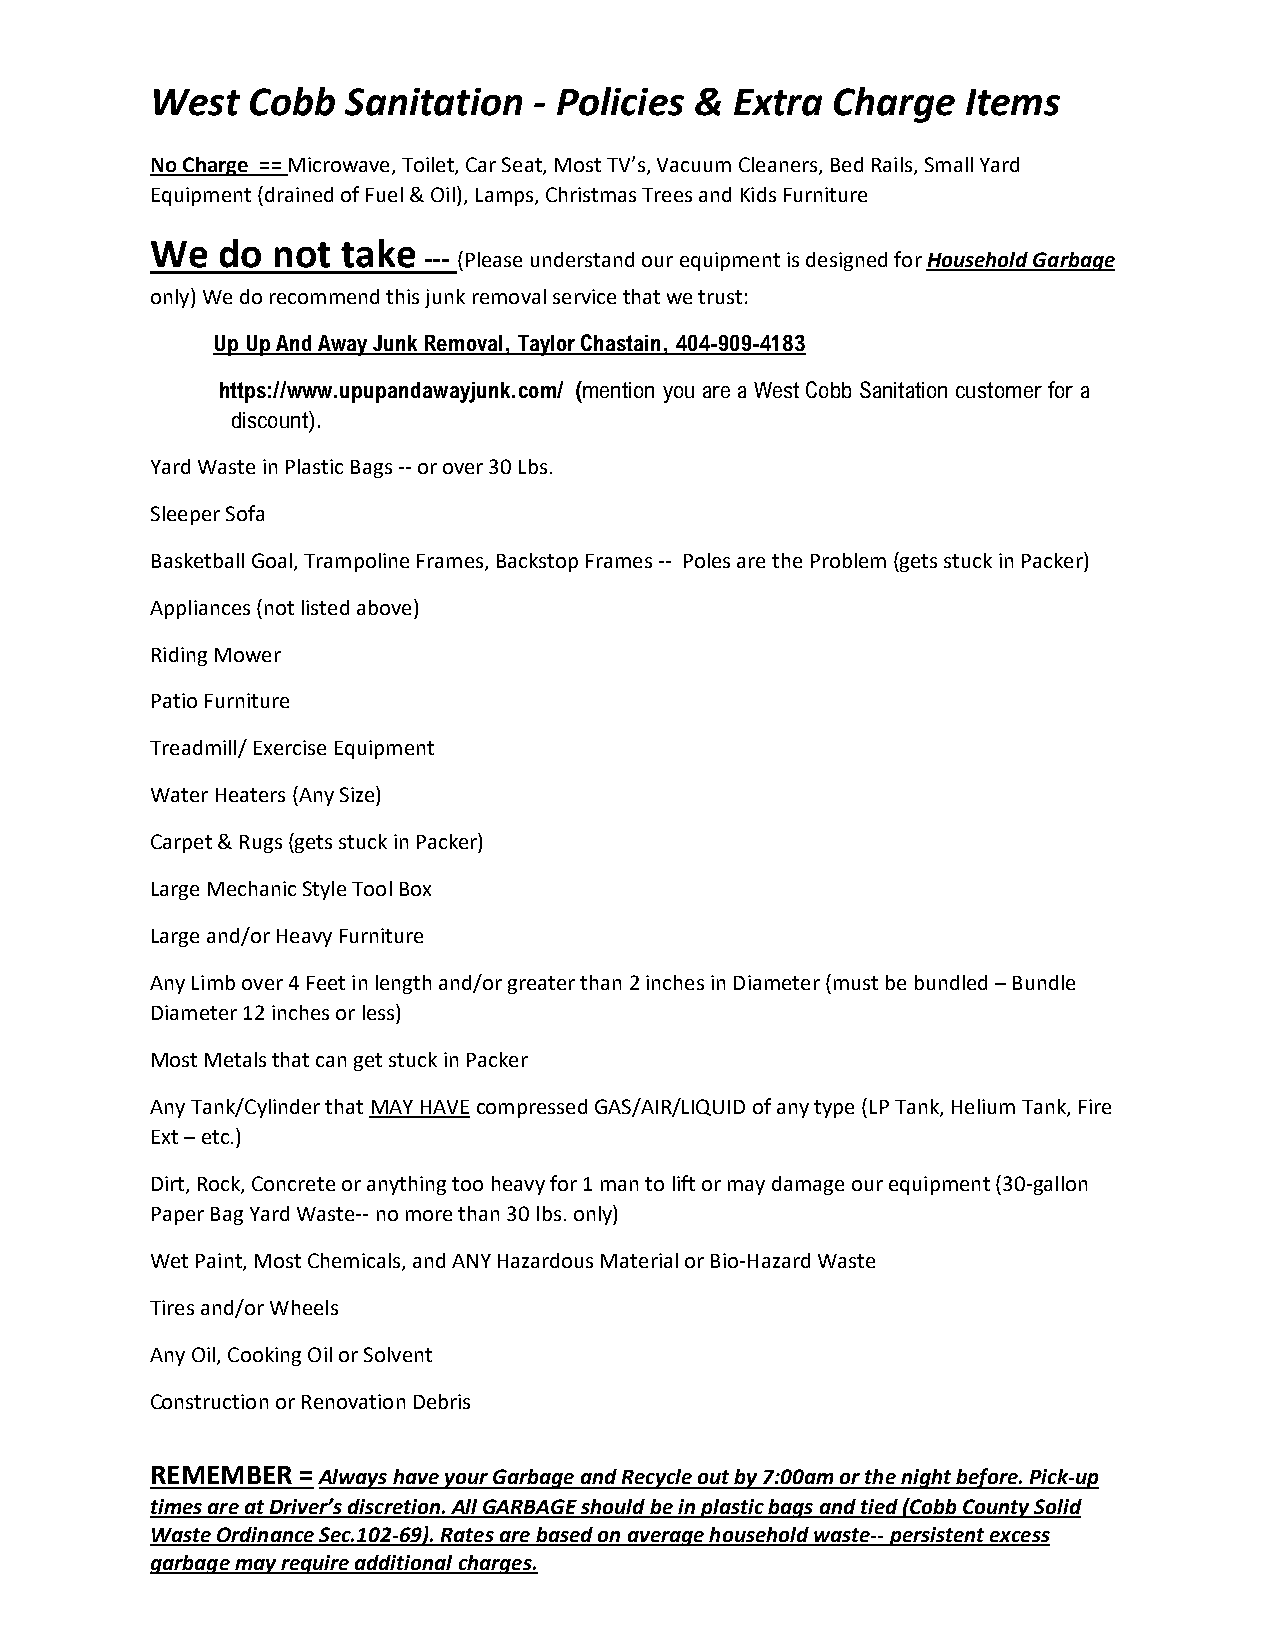
West  Cobb   Sanitation  - Policies &  Extra Charge   Items
 No Charge == Microwave, Toilet, Car Seat, Most TV’s, Vacuum Cleaners, Bed Rails, Small Yard
 Equipment (drained of Fuel & Oil), Lamps, Christmas Trees and Kids Furniture
 We  do  not  take
 --- (Please understand our equipment is designed for Household Garbage
 only) We do recommend this junk removal service that we trust:
 Up Up And Away Junk Removal, Taylor Chastain, 404-909-4183
 https://www.upupandawayjunk.com/ (mention you are a West Cobb Sanitation customer for a
 discount).
 Yard Waste in Plastic Bags -- or over 30 Lbs.
 Sleeper Sofa
 Basketball Goal, Trampoline Frames, Backstop Frames -- Poles are the Problem (gets stuck in Packer)
 Appliances (not listed above)
 Riding Mower
 Patio Furniture
 Treadmill/ Exercise Equipment
 Water Heaters (Any Size)
 Carpet & Rugs (gets stuck in Packer)
 Large Mechanic Style Tool Box
 Large and/or Heavy Furniture
 Any Limb over 4 Feet in length and/or greater than 2 inches in Diameter (must be bundled – Bundle
 Diameter 12 inches or less)
 Most Metals that can get stuck in Packer
 Any Tank/Cylinder that MAY HAVE compressed GAS/AIR/LIQUID of any type (LP Tank, Helium Tank, Fire
 Ext – etc.)
 Dirt, Rock, Concrete or anything too heavy for 1 man to lift or may damage our equipment (30-gallon
 Paper Bag Yard Waste-- no more than 30 lbs. only)
 Wet Paint, Most Chemicals, and ANY Hazardous Material or Bio-Hazard Waste
 Tires and/or Wheels
 Any Oil, Cooking Oil or Solvent
 Construction or Renovation Debris
 REMEMBER  = Always have your Garbage and Recycle out by 7:00am or the night before. Pick-up
 times are at Driver’s discretion. All GARBAGE should be in plastic bags and tied (Cobb County Solid
 Waste Ordinance Sec.102-69). Rates are based on average household waste-- persistent excess
 garbage may require additional charges.